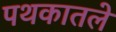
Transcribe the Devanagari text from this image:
पथकातले